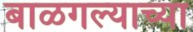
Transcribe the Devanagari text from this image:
बाळगल्याच्या